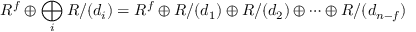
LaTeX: R ^ { f } \oplus \bigoplus _ { i } R / ( d _ { i } ) = R ^ { f } \oplus R / ( d _ { 1 } ) \oplus R / ( d _ { 2 } ) \oplus \cdots \oplus R / ( d _ { n - f } )